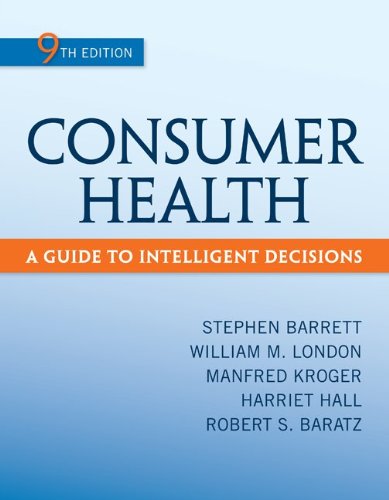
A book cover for Consumer Health: A Guide To Intelligent Decisions; Stephen Barrett; Reference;